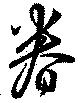
眷